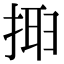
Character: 𢮮